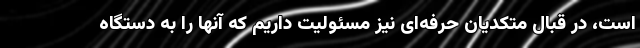
است، در قبال متکدیان حرفه‌ای نیز مسئولیت داریم که آنها را به دستگاه